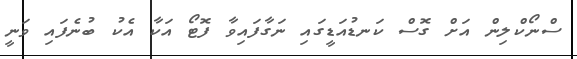
ސްނޯކްލިން އަށް ގޮސް ކަނޑުއަޑީގައި ނަގާފައިވާ ފޮޓޯ އަކާ އެކު ބުނެފައި ވަނީ